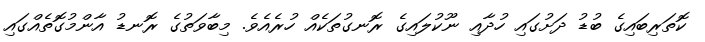
ކޮތަރިބައިގެ ބުޑު ދަށުގައި ހުދާއި ނޫކުލައިގެ ރޮނގުތަކެއް ހުރެއެވެ. މިބާވަތުގެ ރޮނޑު އާންމުގޮތެއްގައި